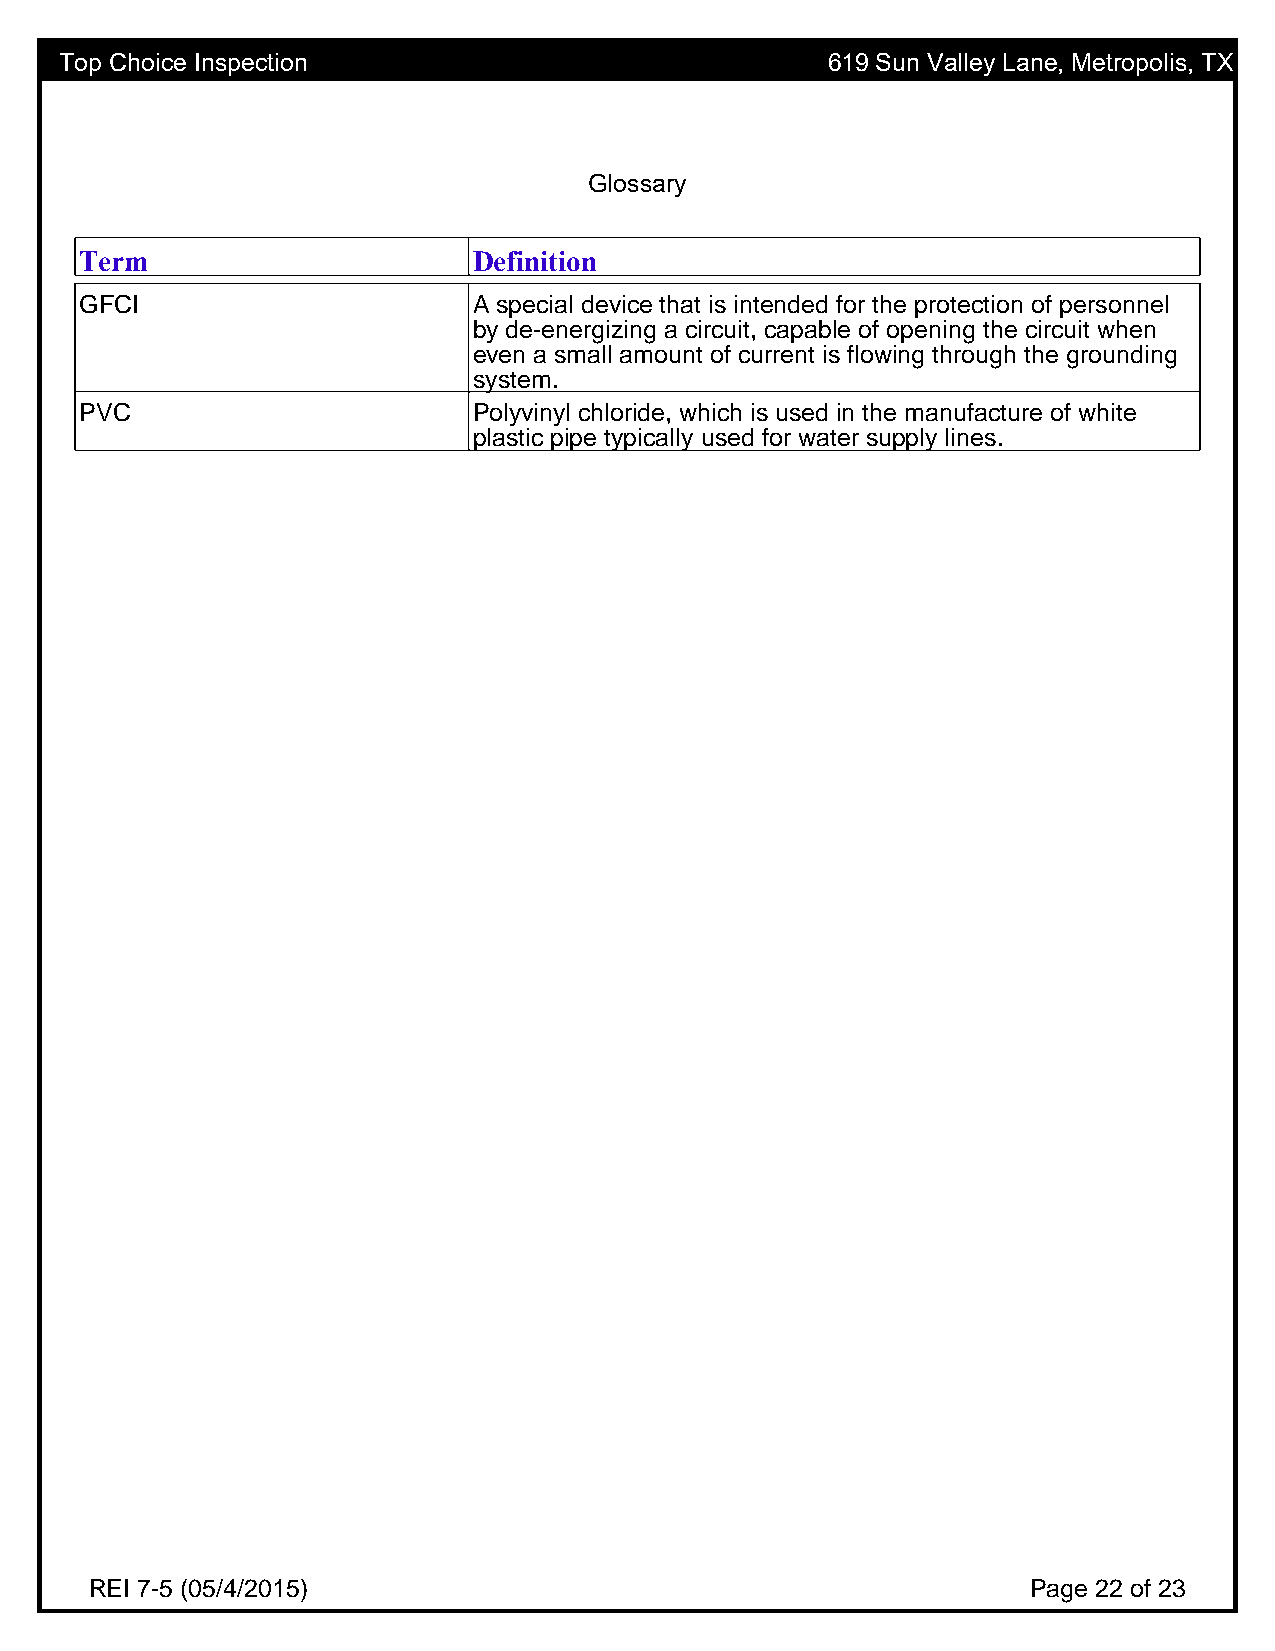
Top Choice Inspection                              619 Sun Valley Lane, Metropolis, TX
 Glossary
 Term                      Definition
 Glossary
 GFCI                      A special device that is intended for the protection of personnel
 by de-energizing a circuit, capable of opening the circuit when
 even a small amount of current is flowing through the grounding
 system.
 PVC                       Polyvinyl chloride, which is used in the manufacture of white
 plastic pipe typically used for water supply lines.
 REI 7-5 (05/4/2015)                                           Page 22 of 23